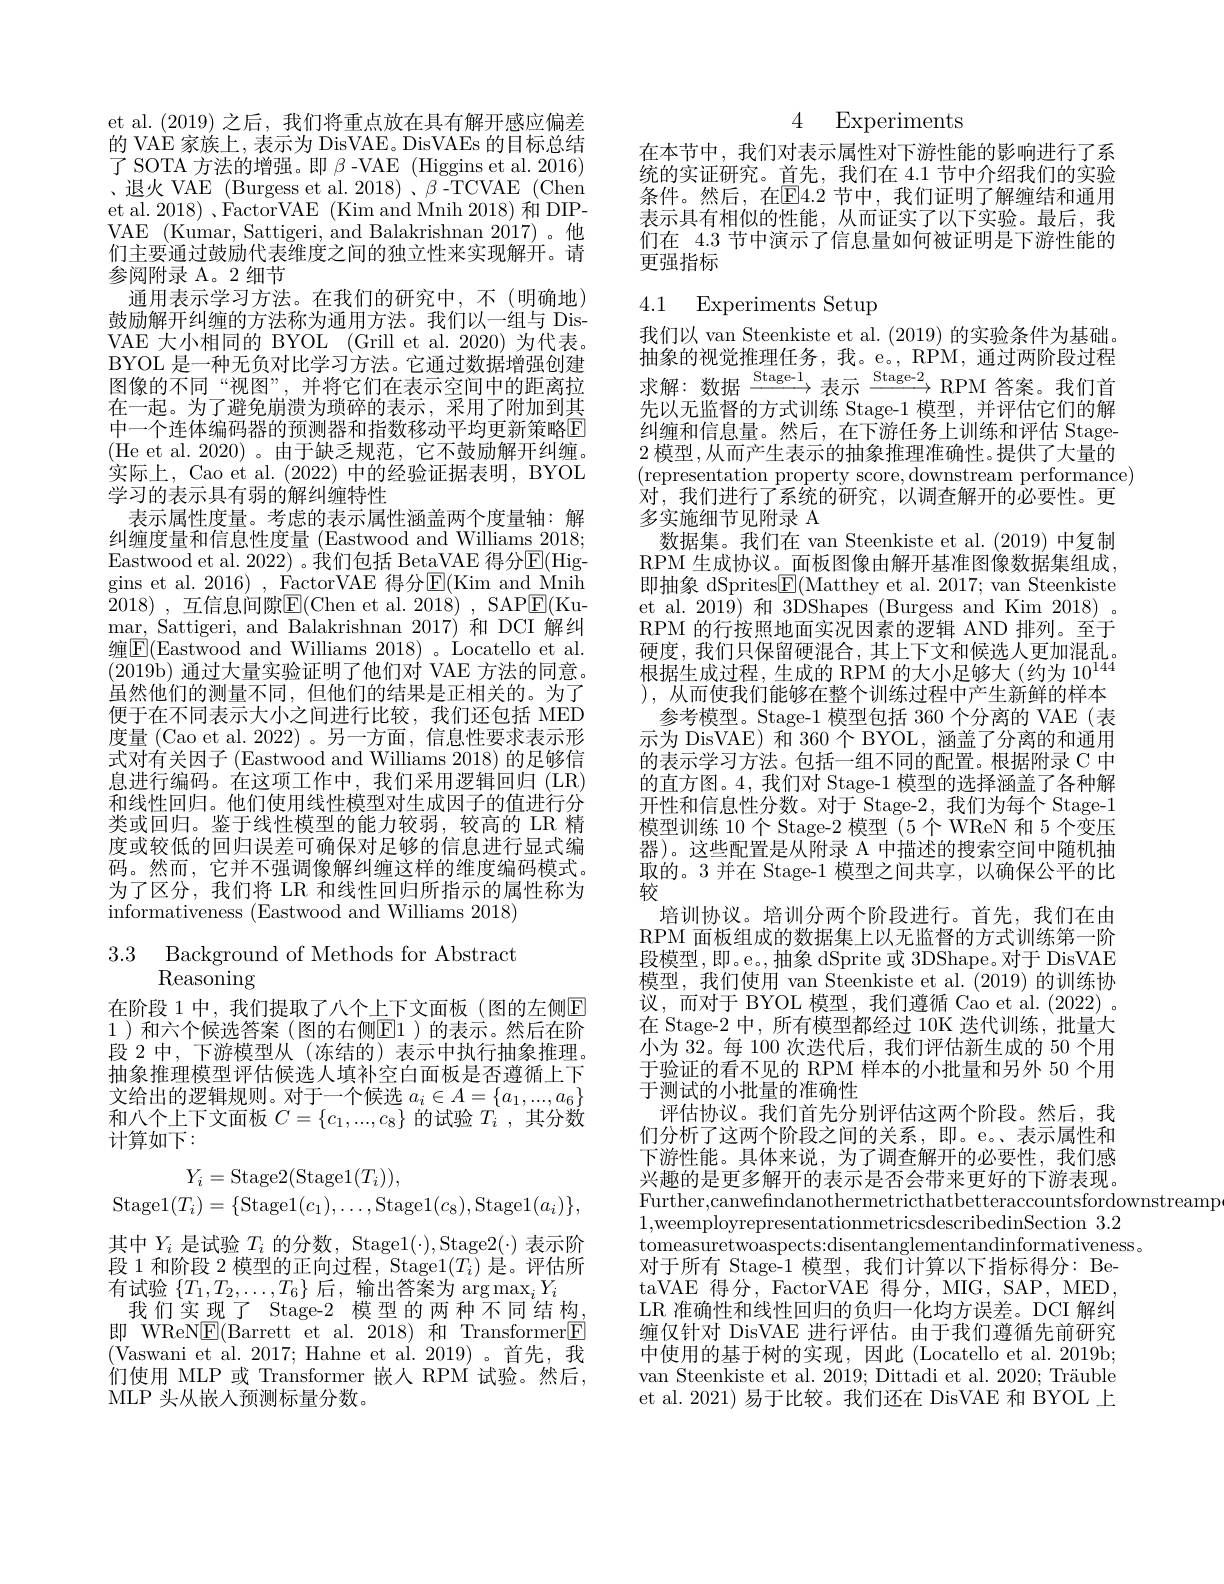
et al.(2019) 之后，我们将重点放在具有解开感应偏差的 VAE 家族上，表示为 DisVAE。DisVAEs 的目标总结$\begin{array}{cc}{\text{了 SOTA 方法的增强。即 }\beta\text{ -VAE (Higgins et al.2016)}}\\{\text{、退火 VAE (Burgess et al.2018)、-TCVAE (Chen}}\end{array}$ et al. 2018) 、FactorVAE (Kim and Mnih 2018) 和 DIPVAE (Kumar, Sattigeri, and Balakrishnan 2017)。他们主要通过鼓励代表维度之间的独立性来实现解开。请参阅附录 A。2 细节
通用表示学习方法。在我们的研究中，不(明确地) 鼓励解开纠缠的方法称为通用方法。我们以一组与 DisVAE 大小相同的 BYOL (Grill et al.2020) 为代表。BYOL 是一种无负对比学习方法。它通过数据增强创建图像的不同“视图”,并将它们在表示空间中的距离拉在一起。为了避免崩溃为琐碎的表示，采用了附加到其中一个连体编码器的预测器和指数移动平均更新策略E (He et al. 2020)。由于缺乏规范，它不鼓励解开纠缠。实际上，Cao et al. (2022)中的经验证据表明，BYOL 学习的表示具有弱的解纠缠特性
表示属性度量。考虑的表示属性涵盖两个度量轴：解纠缠度量和信息性度量(Eastwood and Williams 2018; Eastwood et al. 2022) 。我们包括 BetaVAE 得分$\overline{\mathrm{E}}($Higgins et al. 2016) , FactorVAE 得分E(Kim and Mnih 2018) , 互信息间隙E(Chen et al. 2018) , SAP$\overline E($Kumar, Sattigeri, and Balakrishnan 2017)和 DCI 解纠缠$\overline{\mathrm{E}}(\bar{\mathrm{Eastwood~and~Williams~2018)~。~Locatello~et~al.}}$ (2019b) 通过大量实验证明了他们对 VAE 方法的同意。虽然他们的测量不同，但他们的结果是正相关的。为了便于在不同表示大小之间进行比较，我们还包括 MED 度量 (Cao et al. 2022)。另一方面，信息性要求表示形式对有关因子(Eastwood and Williams 2018) 的足够信息进行编码。在这项工作中，我们采用逻辑回归(LR) 和线性回归。他们使用线性模型对生成因子的值进行分类或回归。鉴于线性模型的能力较弱，较高的 LR 精度或较低的回归误差可确保对足够的信息进行显式编码。然而，它并不强调像解纠缠这样的维度编码模式。为了区分，我们将 LR 和线性回归所指示的属性称为informativeness (Eastwood and Williams 2018)

3.3 Background of Methods for Abstract
# Reasoning

在阶段 1 中，我们提取了八个上下文面板(图的左侧$\mathbb{E}$ 1 )和六个候选答案 (图的右侧$\mathbb{E}$1 )的表示。然后在阶段 2 中，下游模型从 (冻结的) 表示中执行抽象推理。抽象推理模型评估候选人填补空白面板是否遵循上下文给出的逻辑规则。对于一个候选$a_i\in A=\{a_1,...,a_6\}$ 和八个上下文面板$C=\{c_1,...,c_8\}$的试验$T_i$ ,其分数计算如下：
$$\begin{aligned}Y_i&=\text{Stage}2(\text{Stage}1(T_i)),\\\text{Stage}1(T_i)&=\{\text{Stage}1(c_1),\ldots,\text{Stage}1(c_8),\text{Stage}1(a_i)\},\end{aligned}$$
其中$Y_i$是试验$T_i$的分数，Stage$1(\cdot)$,Stage$2(\cdot)$表示阶段 1 和阶段 2 模型的正向过程，Stage$1(T_i)$是。评估所有试验$\{T_1,T_2,\ldots,T_6\}$后 ,输出答案为 arg$\max_iY_i$
我们实现了 Stage-2 模型的两种不同结构， 即 WReN$\boxed{\mathrm{E}}($Barrett et al.2018)和 Transformer$\boxed{\mathrm{E}}$ (Vaswani et al. 2017; Hahne et al. 2019)。首先，我们使用 MLP 或 Transformer 嵌人 RPM 试验。然后， MLP 头从嵌人预测标量分数。

4 Experiments

在本节中，我们对表示属性对下游性能的影响进行了系统的实证研究。首先，我们在 4.1 节中介绍我们的实验条件。然后，在$\mathbb{E}$4.2 节中，我们证明了解缠结和通用表示具有相似的性能，从而证实了以下实验。最后，我们在 4.3 节中演示了信息量如何被证明是下游性能的更强指标

# 4.1 Experiments Setup

我们以 van Steenkiste et al. (2019) 的实验条件为基础。抽象的视觉推理任务，我。e。, RPM, 通过两阶段过程求解：数据$\xrightarrow{\text{Stage-}1}$表示$\xrightarrow{\text{Stage-}2}$RPM 答案。我们首先以无监督的方式训练 Stage-1 模型，并评估它们的解纠缠和信息量。然后，在下游任务上训练和评估 Stage- 2模型，从而产生表示的抽象推理准确性。提供了大量的(representation property score,downstream performance)
对，我们进行了系统的研究，以调查解开的必要性。更
多实施细节见附录 A
数据集。我们在 van Steenkiste et al.(2019) 中复制RPM 生成协议。面板图像由解开基准图像数据集组成， 即抽象 dSprites$\underline{\mathrm{E}}($Matthey et al. 2017; van Steenkiste et al.2019)和 3DShapes (Burgess and Kim 2018)。RPM 的行按照地面实况因素的逻辑 AND 排列。至于硬度，我们只保留硬混合，其上下文和候选人更加混乱。根据生成过程，生成的 RPM 的大小足够大(约为10$^{144}$ ), 从而使我们能够在整个训练过程中产生新鲜的样本
参考模型。Stage-1 模型包括 360 个分离的 VAE (表示为 DisVAE) 和 360 个 BYOL, 涵盖了分离的和通用的表示学习方法。包括一组不同的配置。根据附录 C 中的直方图。4, 我们对 Stage-1 模型的选择涵盖了各种解开性和信息性分数。对于 Stage-2, 我们为每个 Stage-1模型训练 10个 Stage-2 模型 (5 个 WReN 和 5 个变压器)。这些配置是从附录 A 中描述的搜索空间中随机抽取的。3 并在 Stage-1 模型之间共享，以确保公平的比较
培训协议。培训分两个阶段进行。首先，我们在由RPM 面板组成的数据集上以无监督的方式训练第一阶段模型，即。e。,抽象 dSprite 或 3DShape。对于 DisVAE 模型，我们使用 van Steenkiste et al. (2019) 的训练协议，而对于 BYOL 模型，我们遵循 Cao et al. (2022) 。在 Stage-2 中，所有模型都经过 10K 迭代训练，批量大小为 32。每 100 次迭代后，我们评估新生成的 50 个用于验证的看不见的 RPM 样本的小批量和另外 50 个用于测试的小批量的准确性
评估协议。我们首先分别评估这两个阶段。然后，我们分析了这两个阶段之间的关系，即。e。表示属性和下游性能。具体来说，为了调查解开的必要性，我们感兴趣的是更多解开的表示是否会带来更好的下游表现。Further,canwefindanothermetricthatbetteraccountsfordownstreamp
1,weemployrepresentationmetricsdescribedinSection3.2
tomeasuretwoaspects: disentanglementandinformativeness.
对于所有 Stage-1 模型，我们计算以下指标得分：BetaVAE 得分，FactorVAE 得分，MIG, SAP, MED LR 准确性和线性回归的负归一化均方误差。DCI 解纠缠仅针对 DisVAE 进行评估。由于我们遵循先前研究中使用的基于树的实现，因此 (Locatello et al. 2019b; van Steenkiste et al. 2019; Dittadi et al. 2020; Träuble et al. 2021) 易于比较。我们还在 DisVAE 和 BYOL 上